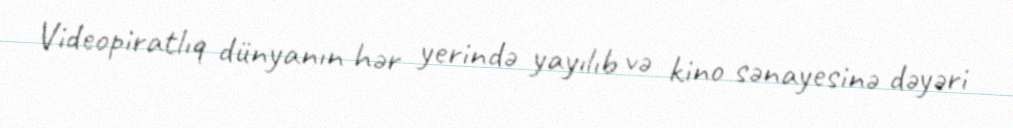
Videopiratlıq dünyanın hər yerində yayılıb və kino sənayesinə dəyəri